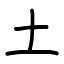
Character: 土